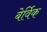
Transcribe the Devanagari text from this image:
बेर्विक